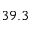
3 9 . 3